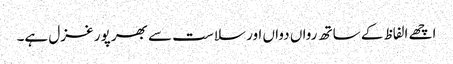
اچھے الفاظ کے ساتھ رواں دواں اور سلاست سے بھر پور غزل ہے۔